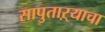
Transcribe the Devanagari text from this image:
सापुताऱ्याचा